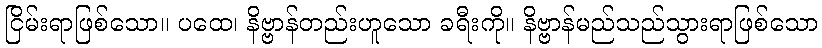
ငြိမ်းရာဖြစ်သော။ ပထေ၊ နိဗ္ဗာန်တည်းဟူသော ခရီးကို။ နိဗ္ဗာန်မည်သည်သွားရာဖြစ်သော